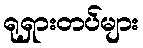
ရုရှားတပ်များ